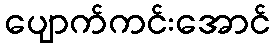
ပျောက်ကင်းအောင်